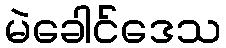
မဲခေါင်ဒေသ